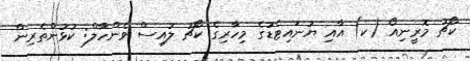
ކޯޗު މޮރީނިއޯ (ކ) އާއި ޔުނައިޓެޑުގެ މިހާރިގެ ކޯޗު ލުއިސް ވެންހާލް: ކުޅުންތެރިން